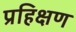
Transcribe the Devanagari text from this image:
प्रहिक्षण